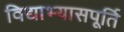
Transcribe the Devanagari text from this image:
विद्याभ्यासपूर्ति